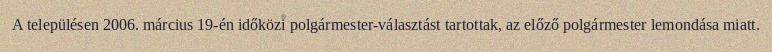
A településen 2006. március 19-én időközi polgármester-választást tartottak, az előző polgármester lemondása miatt.